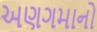
અણગમાનો